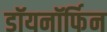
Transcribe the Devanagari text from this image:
डॉयनॉर्फिन